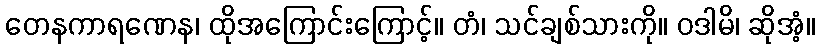
တေနကာရဏေန၊ ထိုအကြောင်းကြောင့်။ တံ၊ သင်ချစ်သားကို။ ဝဒါမိ၊ ဆိုအံ့။